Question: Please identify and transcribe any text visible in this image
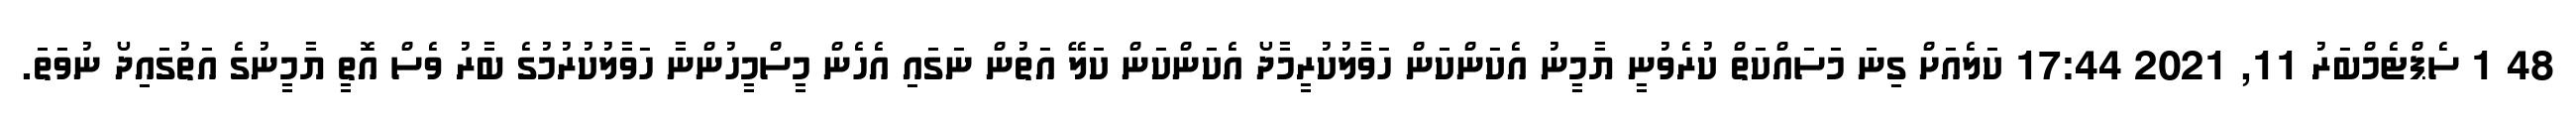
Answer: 48 1 ސެޕްޓެމްބަރު 11, 2021 17:44 ކަލެއަށް ގިނަ މަސައްކަތް ކުރެވުނީ ޔާމީނު އެކަންކަން ހަވާލުކުރީމާދޯ އެކަންކަން ކަލޭ އަތުން ނަގައި އެހެން މީސްމީހުންނާ ހަވާލުކުރުމުގެ ބާރު ވެސް އޮތީ ޔާމީނުގެ އަތުގައިދޯ ނުވަތަ.